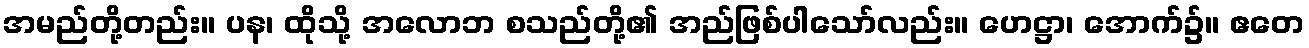
အမည်တို့တည်း။ ပန၊ ထိုသို့ အလောဘ စသည်တို့၏ အည်ဖြစ်ပါသော်လည်း။ ဟေဋ္ဌာ၊ အောက်၌။ ဧတေ